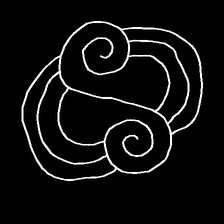
Glyph: wind-underfoot